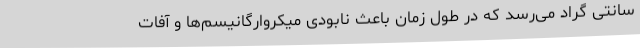
سانتی گراد می‌رسد که در طول زمان باعث نابودی میکروارگانیسم‌ها و آفات